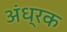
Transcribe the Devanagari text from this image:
अंध्रक